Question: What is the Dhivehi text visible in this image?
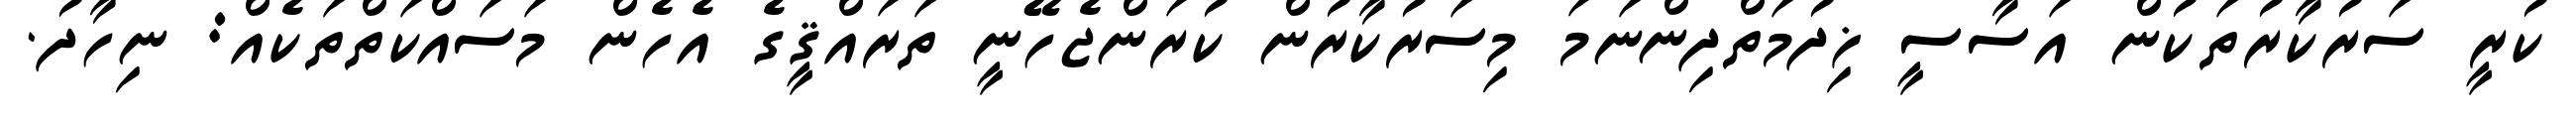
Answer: ކުރީ ސަރުކާރުތަކުން އަސާސީ ޚިދުމަތްދިންނަމަ މިސަރުކާރުން ކުރަންޖެހޭނީ ތަރައްޤީގެ އެހެން މަސައްކަތްތަކެއް: ނިހާދު.